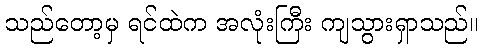
သည်တော့မှ ရင်ထဲက အလုံးကြီး ကျသွားရှာသည်။